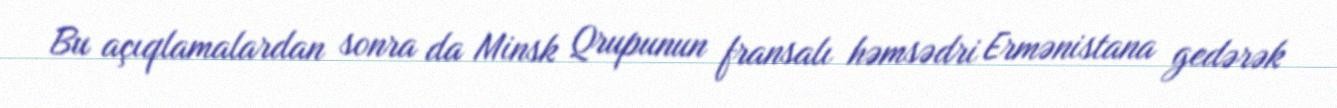
Bu açıqlamalardan sonra da Minsk Qrupunun fransalı həmsədri Ermənistana gedərək